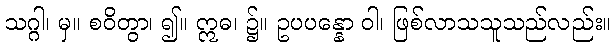
သဂ္ဂါ၊ မှ။ စဝိတွာ၊ ၍။ ဣဓ၊ ၌။ ဥပပန္နော ဝါ၊ ဖြစ်လာသသူသည်လည်း။